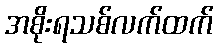
အစိုးရသစ်လက်ထက်